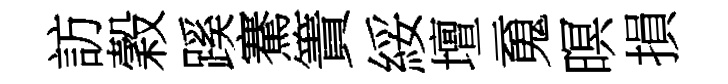
訪穀蹊騫簀綏壇䰟暝損